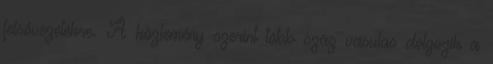
felsővezetékre. A közlemény szerint több száz vasutas dolgozik a